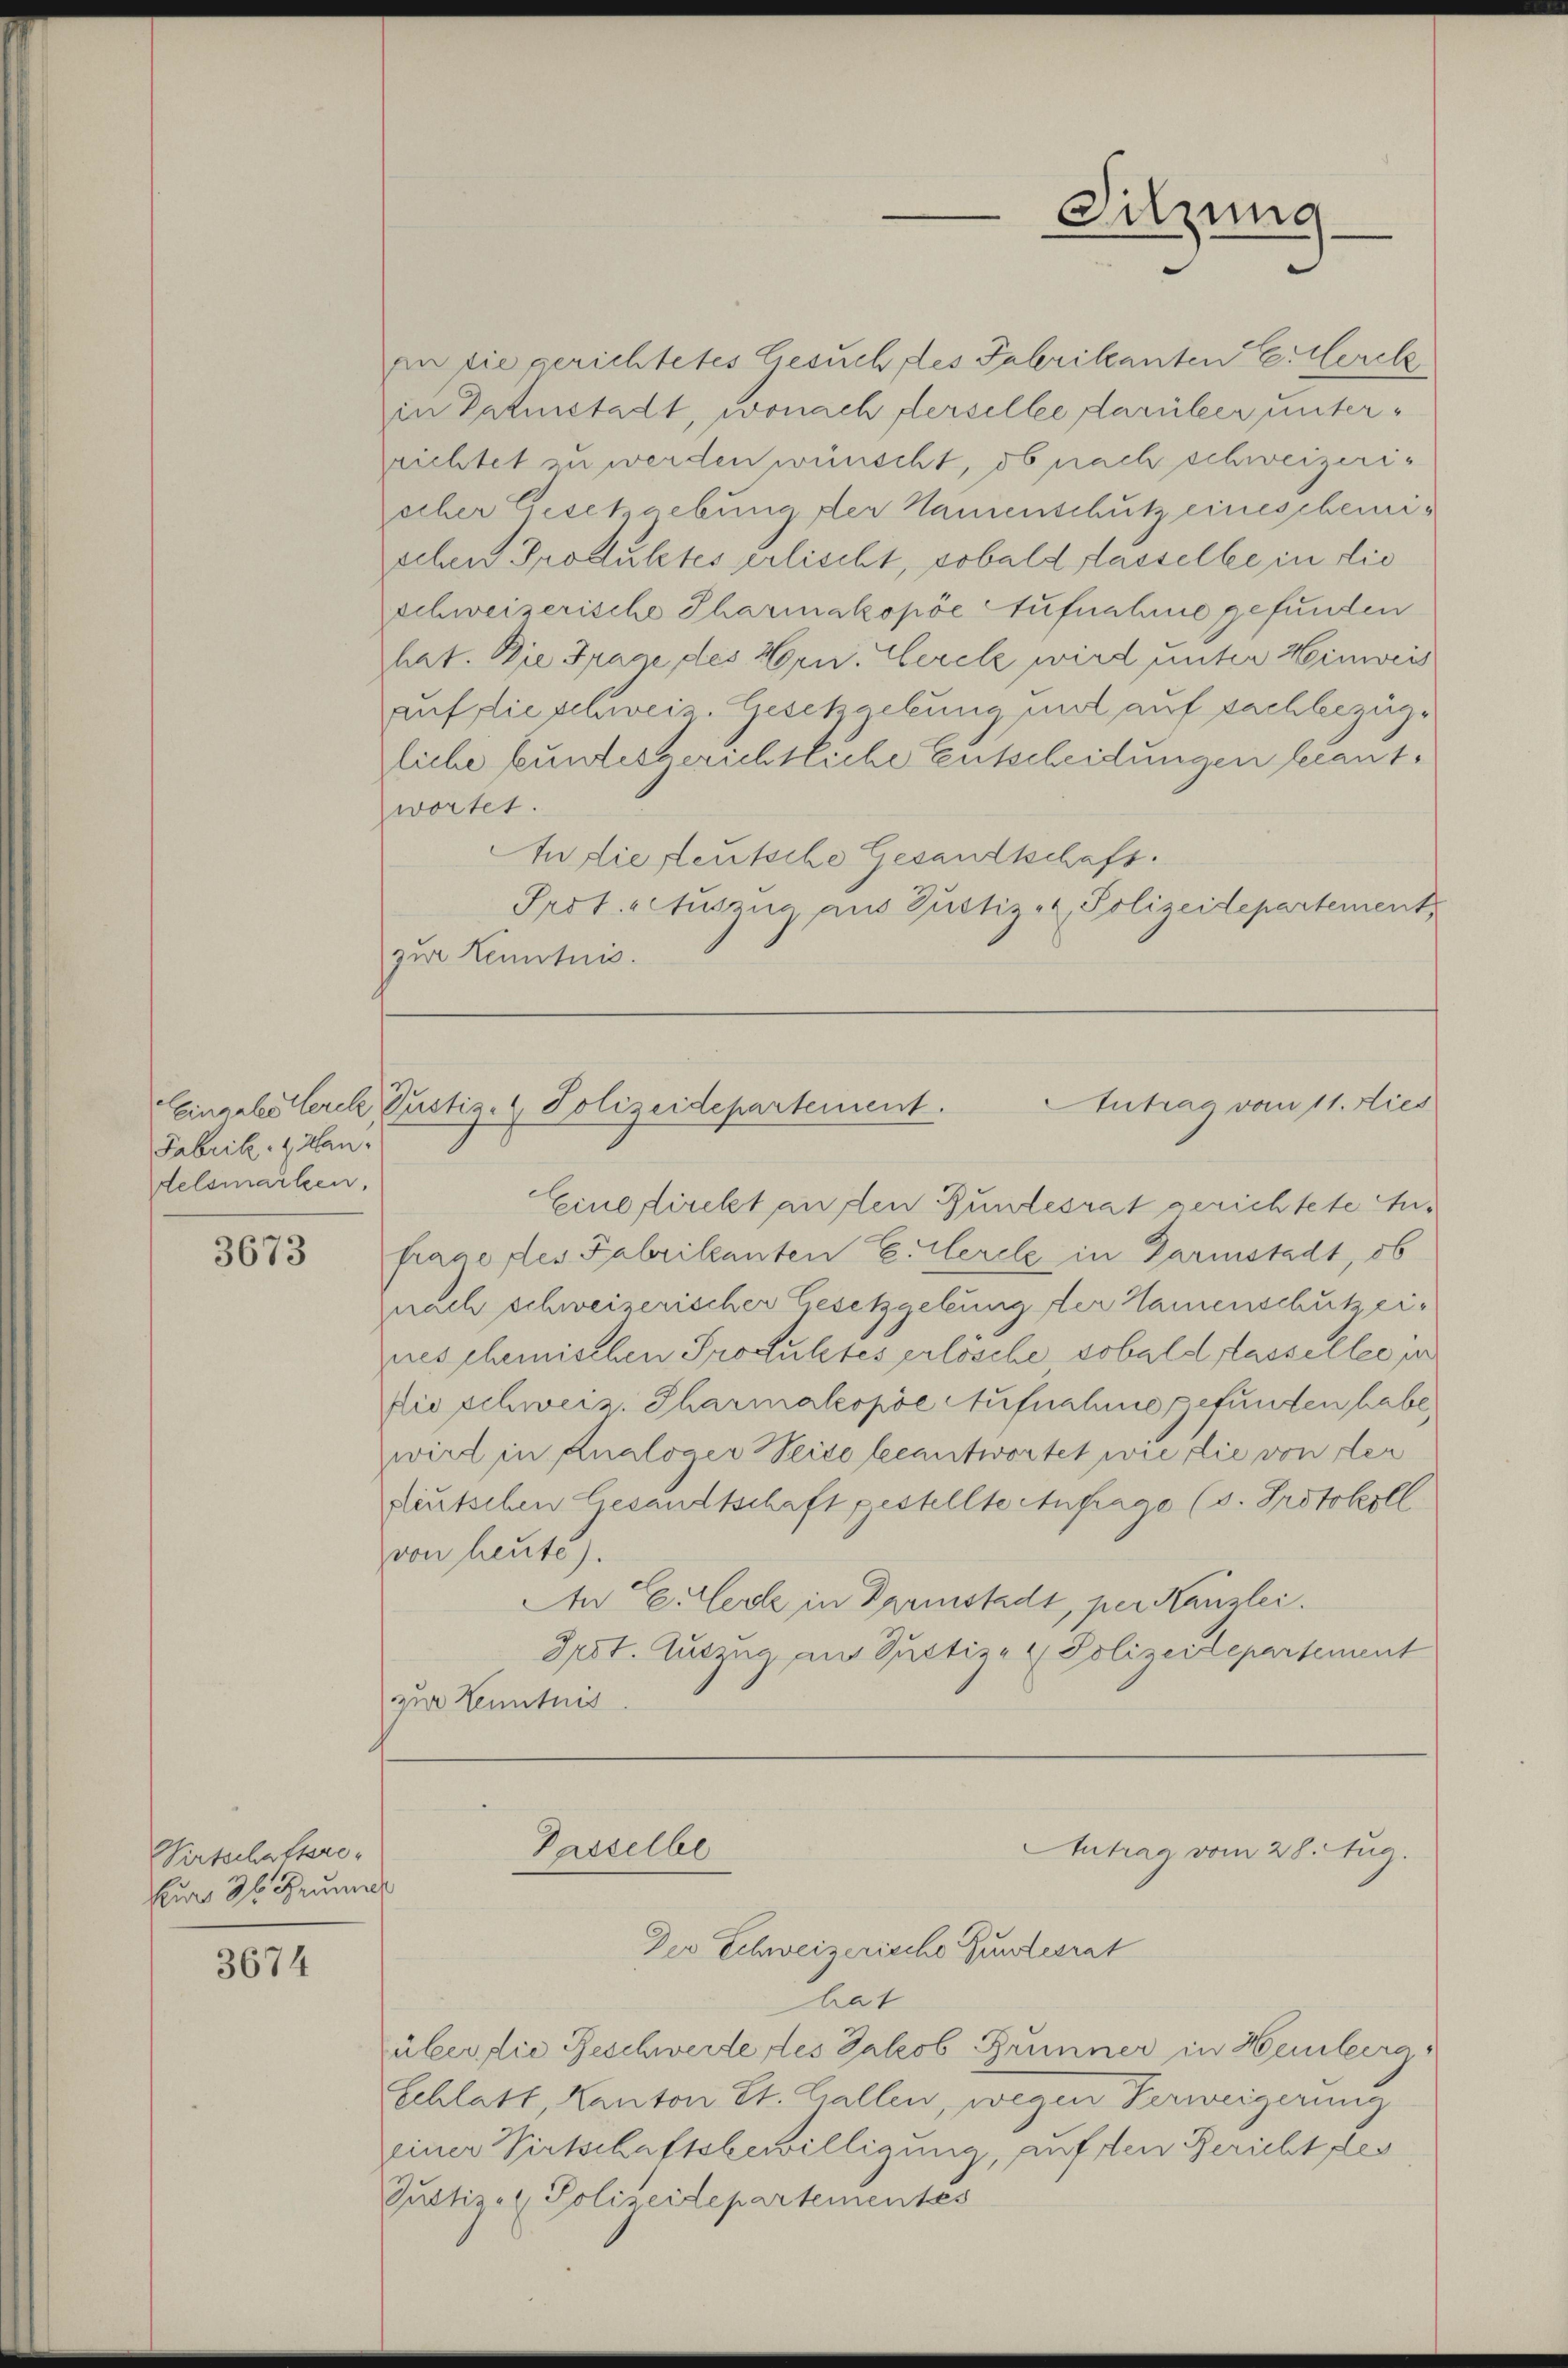
Fabrik- & Kandelsmarken,

3673

Wirtschaftsre¬
Cur 36 Gruner

3674

an die gerichtetes Gesuch des Fabrikanten E. Werck
in Paterstadt, wonach derselle darüber unterrichtet zu werden wünscht, ob nach schweizerischer Geschiebung der Namenschutz eineschemischen Produktes erlischt, sobald lasselbe in die
schweizerische Tharmakopöe Aufnahme gefunden
hat. Die Frage des Hrn. Herele wird unter Hinweis
aufflieschweiz. Gesetzgebung mit auf sachbezügliche bundesgerichtliche Entscheidungen beantwortet.
In die steutsche Gesandtschaft.
Prot. Auszug aus Justiz- & Polizeidepartement
zur Kenntnis.

Sitzung

Antrag vom 11. Nies
Eingabe terch, Bestige Polizeidepartement.

Eine lieckt an den Bundesrat gerichtete Anfraue der Fabrikanten E. Mercle in Darmstadt, ob
nach schweizerischer Gesetzgebung der Namenschutzeines schemischen Produktes erlösche sobald fasseller in
Die schweiz. Pharmakopöe Aufnahme gefunden habe.
wird in Knaloger Weise beantwortet wie die von der
deutschen Gesandtschaft gestellte Anfrage (s. Protokoll
von heute).
An Eeillerle in Darmstadt, per Kanzlei.
Irst. Auszug aus Justiz- & Polizeidepartement
zur Kenntnis

Passelbe
Antrag vom 28. Aug.
Der Schweizerische Gunterat

rat
über die Beschwerde des Jakob Brunner in Hemberg,
Schlatt, Kanton St. Gallen, wegen Verweigerung
einer Wirtschaftsbewilligung, auf den Bericht des
Justiz- & Polizeidepartementes